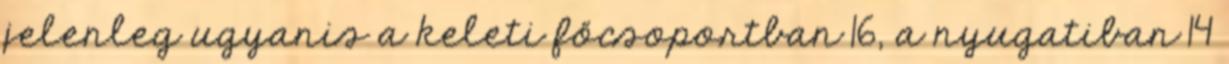
jelenleg ugyanis a keleti főcsoportban 16, a nyugatiban 14